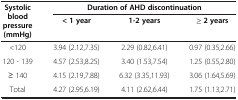
<table><thead><tr><td rowspan="2"><b>Systolic blood pressure (mmHg)</b></td><td colspan="3"><b>Duration of AHD discontinuation</b></td></tr><tr><td><b>&lt; 1 year</b></td><td><b>1-2 years</b></td><td><b>≥ 2 years</b></td></tr></thead><tbody><tr><td>&lt;120</td><td>3.94 (2.12,7.35)</td><td>2.29 (0.82,6.41)</td><td>0.97 (0.35,2.66)</td></tr><tr><td>120 - 139</td><td>4.57 (2.53,8.25)</td><td>3.40 (1.53,7.54)</td><td>1.25 (0.55,2.80)</td></tr><tr><td>≥ 140</td><td>4.15 (2.19,7.88)</td><td>6.32 (3.35,11.93)</td><td>3.06 (1.64,5.69)</td></tr><tr><td>Total</td><td>4.27 (2.95,6.19)</td><td>4.11 (2.62,6.44)</td><td>1.75 (1.13,2.71)</td></tr></tbody></table>